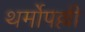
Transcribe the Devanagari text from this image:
थर्मोपल्ली